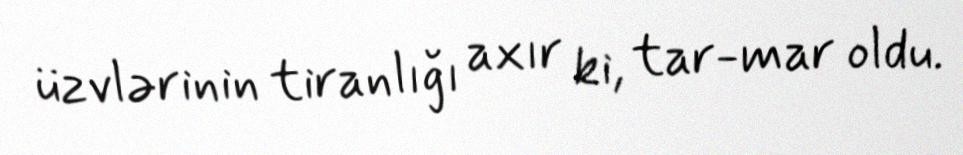
üzvlərinin tiranlığı axır ki, tar-mar oldu.